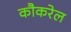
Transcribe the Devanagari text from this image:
कौकरेल